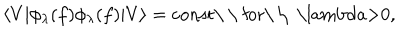
\langle V | \phi _ { \lambda } ( f ) \phi _ { \lambda } ( f ) | V \rangle = \mathrm { c o n s t \ \ f o r \ \ ~ \ l a m b d a > 0 , ~ }